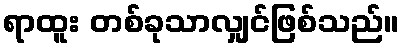
ရာထူး တစ်ခုသာလျှင်ဖြစ်သည်။